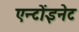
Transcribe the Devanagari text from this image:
एन्टोंइनेट